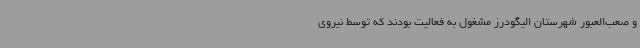
و صعب‌العبور شهرستان الیگودرز مشغول به فعالیت بودند که توسط نیروی